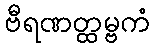
ဗီရဏတ္ထမ္ဗကံ